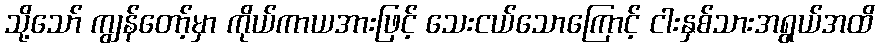
သို့သော် ကျွန်တော့်မှာ ကိုယ်ကာယအားဖြင့် သေးငယ်သောကြောင့် ငါးနှစ်သားအရွယ်အထိ